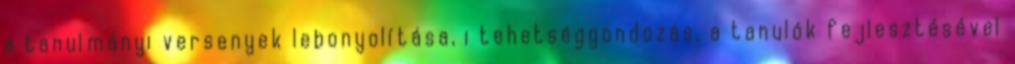
a tanulmányi versenyek lebonyolítása, i tehetséggondozás, a tanulók fejlesztésével